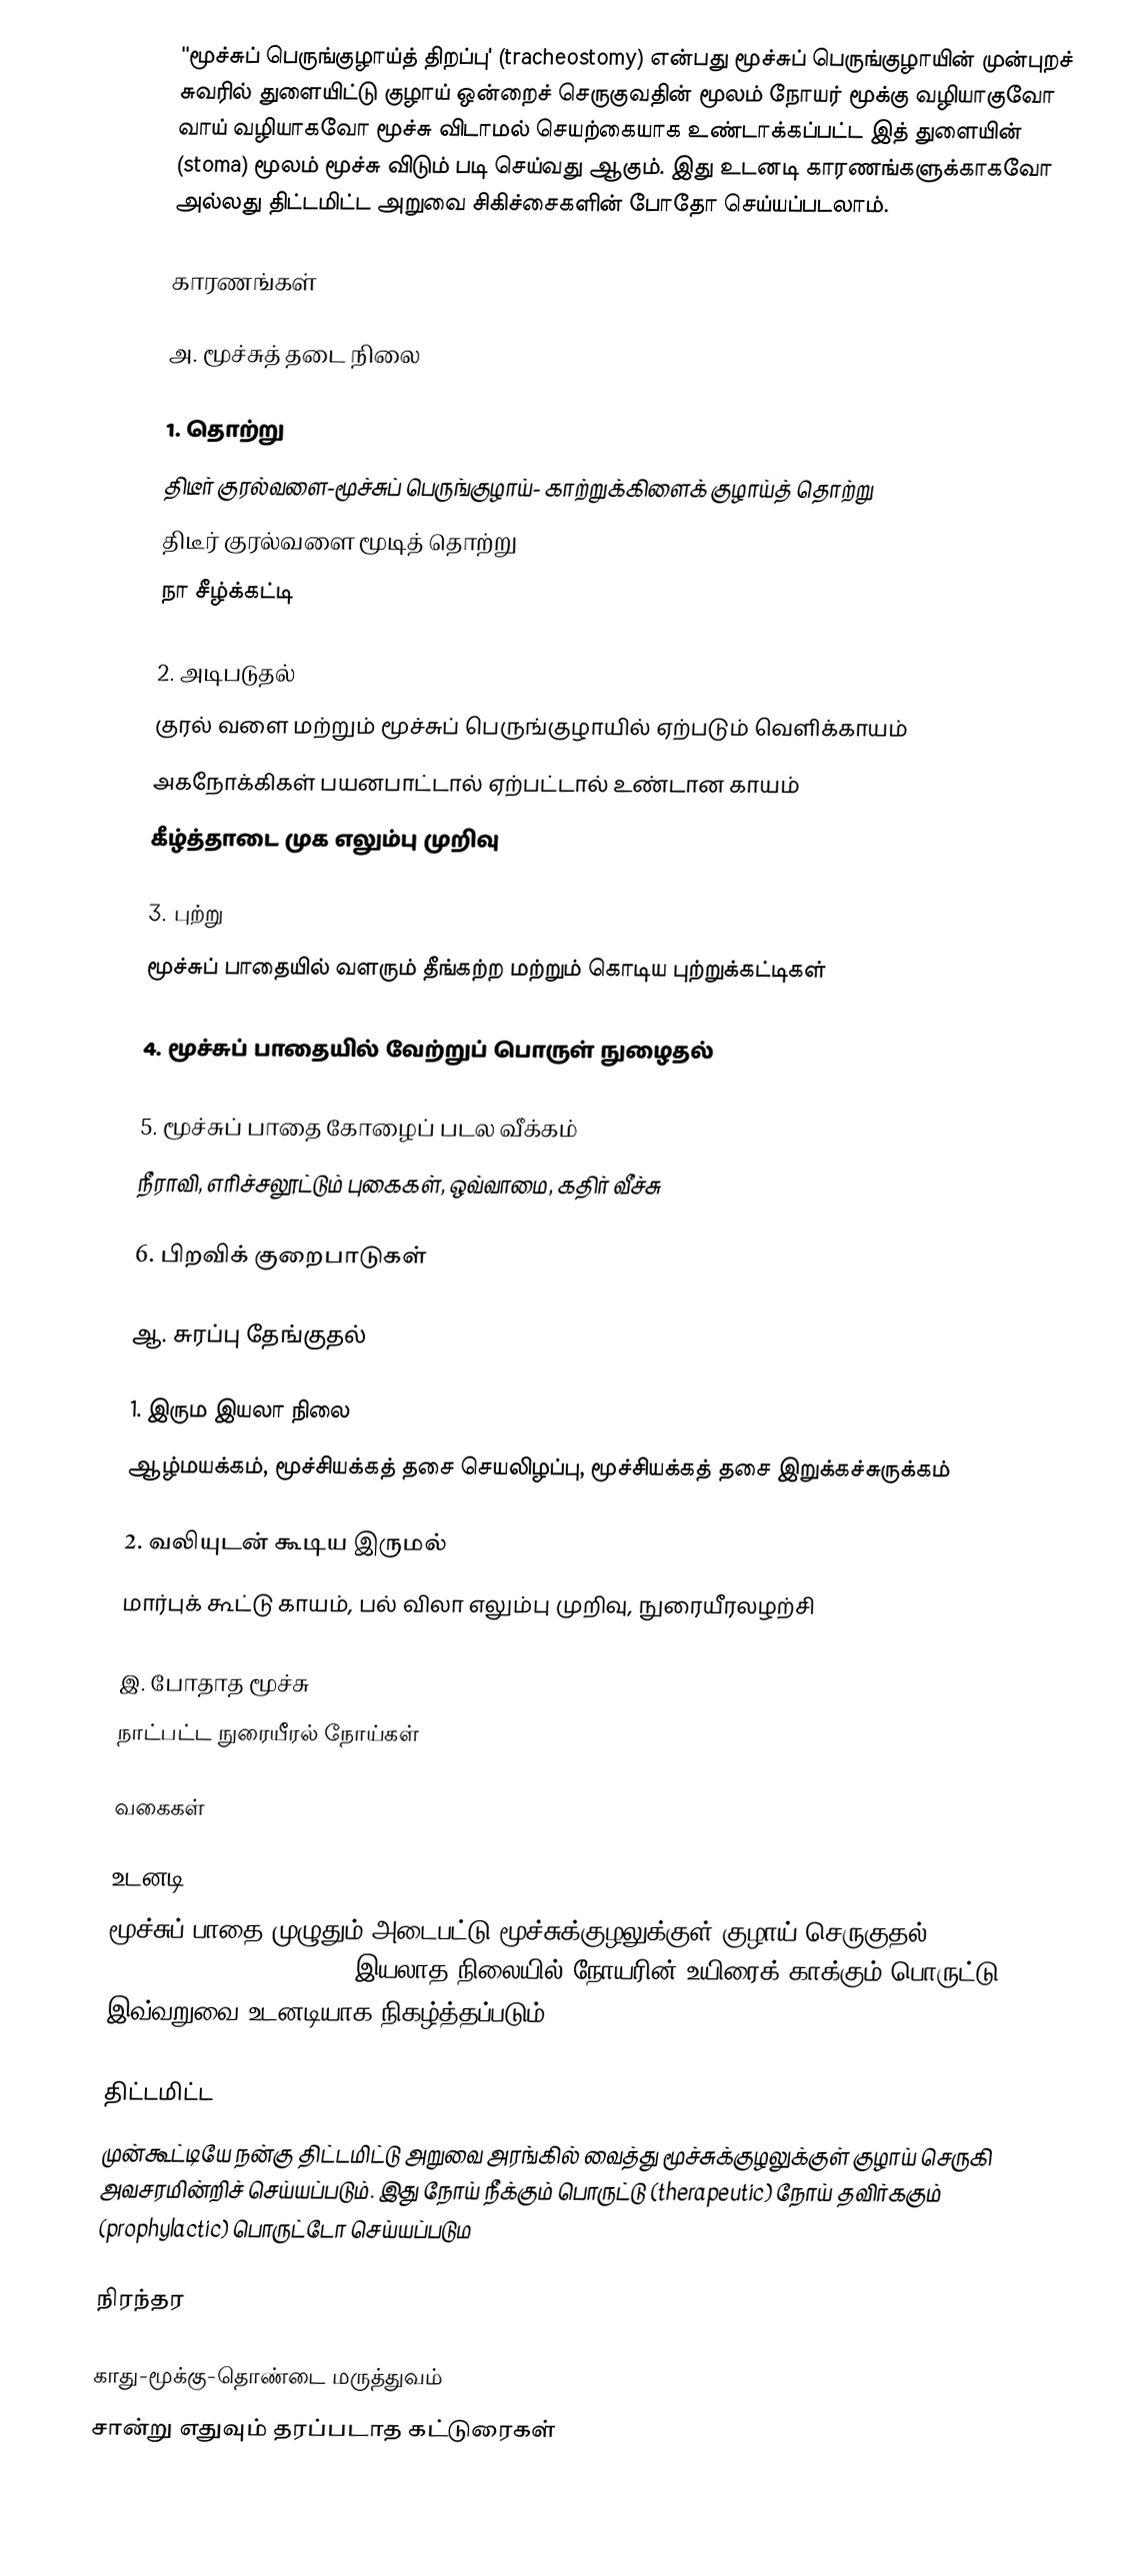
''மூச்சுப் பெருங்குழாய்த் திறப்பு' (tracheostomy) என்பது மூச்சுப் பெருங்குழாயின் முன்புறச் சுவரில் துளையிட்டு குழாய் ஒன்றைச் செருகுவதின் மூலம் நோயர் மூக்கு வழியாகுவோ வாய் வழியாகவோ  மூச்சு விடாமல் செயற்கையாக உண்டாக்கப்பட்ட இத் துளையின் (stoma) மூலம்  மூச்சு விடும் படி செய்வது ஆகும். இது உடனடி காரணங்களுக்காகவோ அல்லது திட்டமிட்ட அறுவை சிகிச்சைகளின் போதோ செய்யப்படலாம்.

காரணங்கள்

அ. மூச்சுத் தடை நிலை

1. தொற்று
திடீர் குரல்வளை-மூச்சுப் பெருங்குழாய்- காற்றுக்கிளைக் குழாய்த் தொற்று
திடீர் குரல்வளை மூடித் தொற்று
நா சீழ்க்கட்டி

2. அடிபடுதல்
குரல் வளை மற்றும் மூச்சுப் பெருங்குழாயில் ஏற்படும் வெளிக்காயம்
அகநோக்கிகள் பயனபாட்டால் ஏற்பட்டால் உண்டான காயம்
கீழ்த்தாடை முக எலும்பு முறிவு

3. புற்று
மூச்சுப் பாதையில் வளரும் தீங்கற்ற மற்றும் கொடிய புற்றுக்கட்டிகள்

4. மூச்சுப் பாதையில் வேற்றுப் பொருள் நுழைதல்

5. மூச்சுப் பாதை கோழைப் படல வீக்கம்
நீராவி, எரிச்சலூட்டும் புகைகள், ஒவ்வாமை, கதிர் வீச்சு

6. பிறவிக் குறைபாடுகள்

ஆ. சுரப்பு தேங்குதல்

1. இரும இயலா நிலை
ஆழ்மயக்கம், மூச்சியக்கத் தசை செயலிழப்பு, மூச்சியக்கத் தசை இறுக்கச்சுருக்கம்

2. வலியுடன் கூடிய இருமல்
மார்புக் கூட்டு காயம், பல் விலா எலும்பு முறிவு, நுரையீரலழற்சி

இ. போதாத மூச்சு
நாட்பட்ட நுரையீரல் நோய்கள்

வகைகள்

உடனடி
மூச்சுப் பாதை முழுதும் அடைபட்டு மூச்சுக்குழலுக்குள் குழாய் செருகுதல் (endotracheal intubation) இயலாத நிலையில் நோயரின் உயிரைக் காக்கும் பொருட்டு இவ்வறுவை உடனடியாக நிகழ்த்தப்படும்.

திட்டமிட்ட
முன்கூட்டியே நன்கு திட்டமிட்டு அறுவை அரங்கில் வைத்து மூச்சுக்குழலுக்குள் குழாய் செருகி அவசரமின்றிச் செய்யப்படும். இது நோய் நீக்கும் பொருட்டு (therapeutic) நோய் தவிர்ககும் (prophylactic) பொருட்டோ செய்யப்படும

நிரந்தர

காது-மூக்கு-தொண்டை மருத்துவம்
சான்று எதுவும் தரப்படாத கட்டுரைகள்